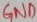
Text: GND